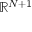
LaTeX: \mathbb { R } ^ { N + 1 }